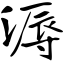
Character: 溽